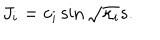
J _ { i } = c _ { i } \sin \sqrt { \kappa _ { i } } s .